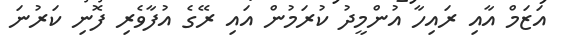
އަޒަމް އާއި ރައިހާ އުންމީދު ކުރަމުން އައި ރޭގެ އުފާވެރި ފޮނި ކަރުނަ